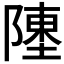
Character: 𬯔